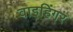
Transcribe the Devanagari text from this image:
वाइहिंगर